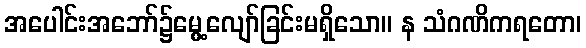
အပေါင်းအဘော်၌မွေ့လျော်ခြင်းမရှိသော။ န သံဂဏိကရတော၊